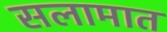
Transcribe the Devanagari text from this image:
सलामात